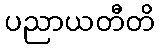
ပညာယတီတိ